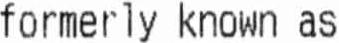
FORMERLY KNOWN AS